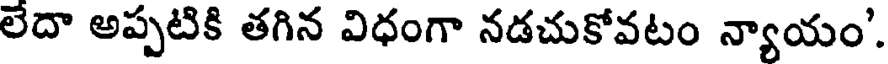
లేదా అప్పటికి తగిన విధంగా నడచుకోవటం న్యాయం'.